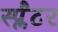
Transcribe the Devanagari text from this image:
स्प्लैटर